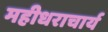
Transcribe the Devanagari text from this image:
महीधराचार्य